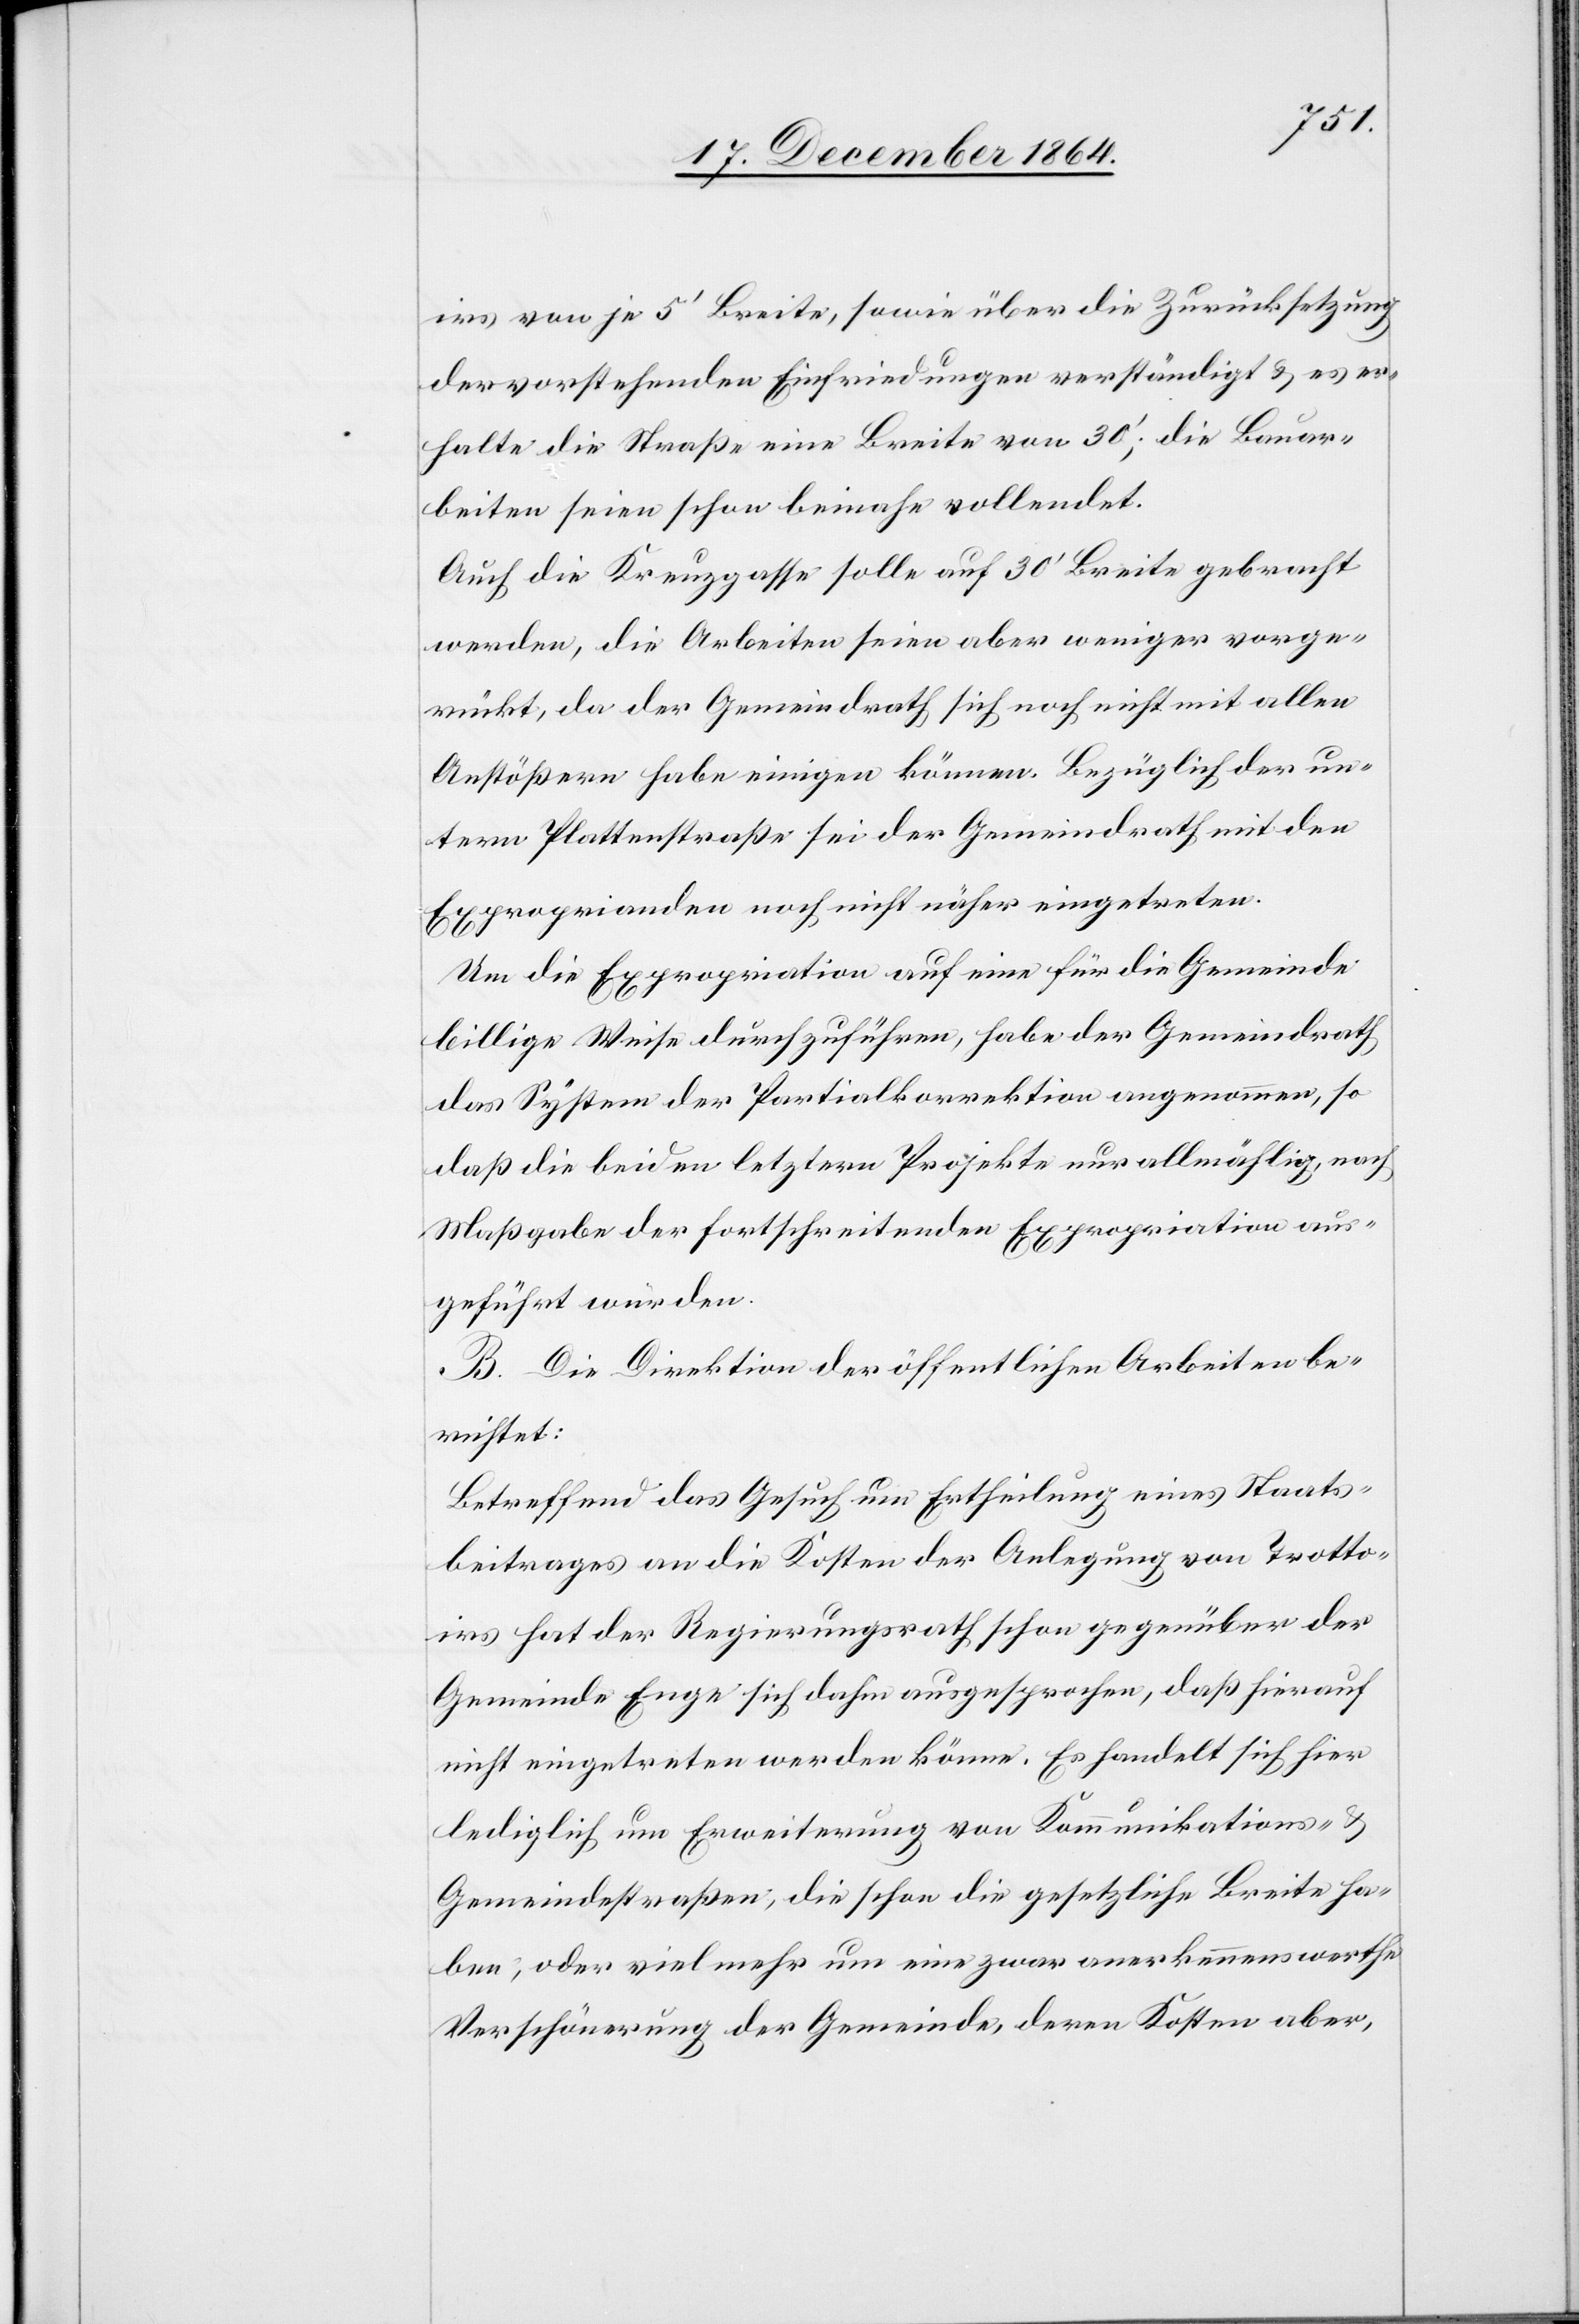
irs von je 5’ Breite, sowie über die Zurücksetzung
der vorstehenden Einfriedungen verständigt & es er¬
halte die Straße eine Breite von 30’; die Bauar¬
beiten seien schon beinahe vollendet.
Auch die Kreuzgasse solle auf 30’ Breite gebracht
werden, die Arbeiten seien aber weniger vorge¬
rückt, da der Gemeindrath sich noch nicht mit allen
Anstößern habe einigen können. Bezüglich der un¬
tern Plattenstraße sei der Gemeindrath mit den
Exproprianden noch nicht näher eingetreten.
Um die Expropriation auf eine für die Gemeinde
billige Weise durchzuführen, habe der Gemeindrath
das System der Partialkorrektion angenommen, so
daß die beiden letztern Projekte nur allmählig, nach
Maßgabe der fortschreitenden Expropriation aus¬
geführt würden.
B. Die Direktion der öffentlichen Arbeiten be¬
richtet:
Betreffend das Gesuch um Ertheilung eines Staats¬
beitrages an die Kosten der Anlegung von Trotto¬
irs hat der Regierungsrath schon gegenüber der
Gemeinde Enge sich dahin ausgesprochen, daß hierauf
nicht eingetreten werden könne. Es handelt sich hier
lediglich um Erweiterung von Kommunikations- &
Gemeindestraßen, die schon die gesetzliche Breite ha¬
ben, oder viel mehr um eine zwar anerkennenswerthe
Verschönerung der Gemeinde, deren Kosten aber,